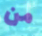
من